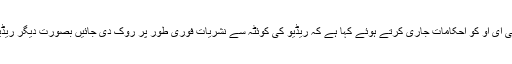
کونسل نے کمپنی کے سی ای او کو احکامات جاری کرتے ہوئے کہا ہے کہ ریڈیو کی کوئٹہ سے نشریات فوری طور پر روک دی جائیں بصورت دیگر ریڈیوکو بند کر دیا جائے گا۔